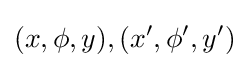
(x,\phi ,y),(x',\phi ',y')